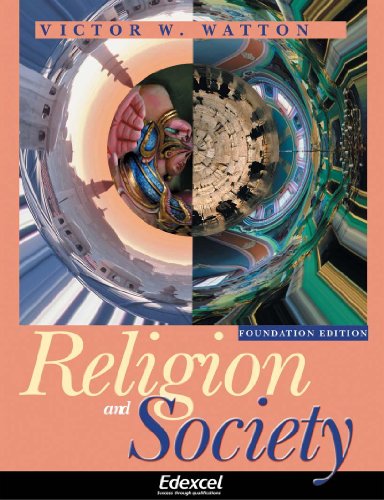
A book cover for Edexcel GSCE Religious Studies: Religion and Society (Edexcel GCSE Religious Studies); Victor W. Watton; Children's Books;